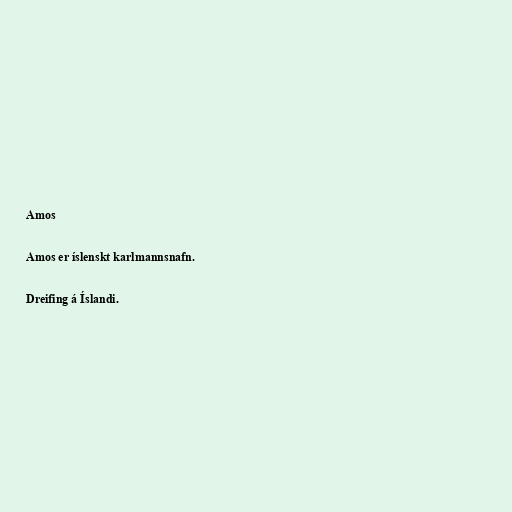
Amos

Amos er íslenskt karlmannsnafn.

Dreifing á Íslandi.